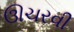
ઊચરવી